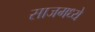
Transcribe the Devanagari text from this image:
साजमध्ये